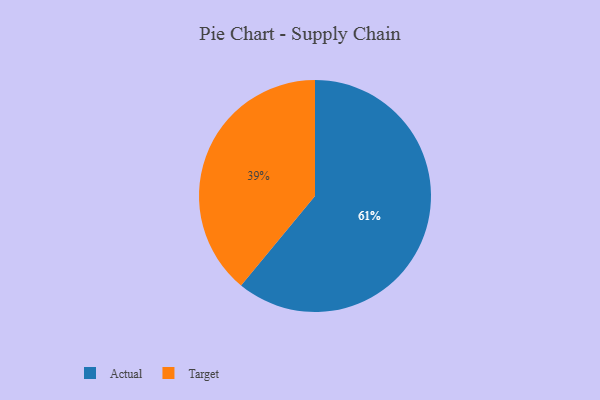
{"axis": {"x": "Category", "y": "Percentage"}, "legend": ["Actual", "Target"], "data": [{"x": "Actual", "y": 61, "type": "Actual"}, {"x": "Target", "y": 39, "type": "Target"}]}